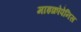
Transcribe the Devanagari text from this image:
माइक्रोपेनिस